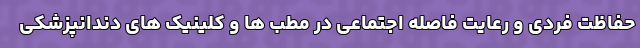
حفاظت فردی و رعایت فاصله اجتماعی در مطب ها و کلینیک های دندانپزشکی